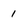
Character: 1